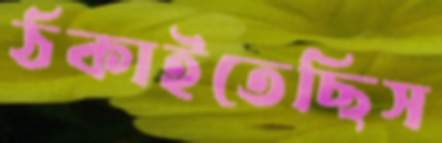
ঠকাইতেছিস